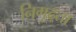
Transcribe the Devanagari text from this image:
निगूढ़ता